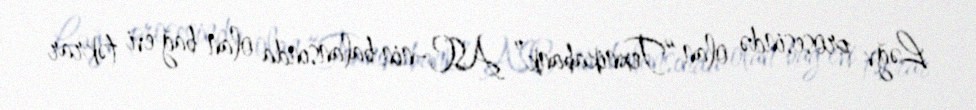
Ləğv prosesində olan “Texnikabank” ASC-nin balansında olan bağ evi təkrar